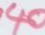
40